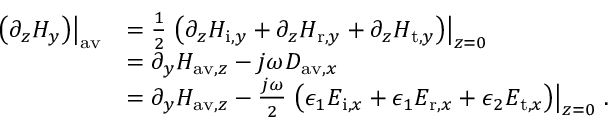
\begin{array} { r l } { \left. \left( \partial _ { z } H _ { y } \right) \right| _ { \mathrm { a v } } } & { = \frac { 1 } { 2 } \left. \left( \partial _ { z } H _ { \mathrm { i } , y } + \partial _ { z } H _ { \mathrm { r } , y } + \partial _ { z } H _ { \mathrm { t } , y } \right) \right| _ { z = 0 } } \\ & { = \partial _ { y } H _ { \mathrm { a v } , z } - j \omega D _ { \mathrm { a v } , x } } \\ & { = \partial _ { y } H _ { \mathrm { a v } , z } - \frac { j \omega } { 2 } \left. \left( \epsilon _ { 1 } E _ { \mathrm { i } , x } + \epsilon _ { 1 } E _ { \mathrm { r } , x } + \epsilon _ { 2 } E _ { \mathrm { t } , x } \right) \right| _ { z = 0 } \, . } \end{array}